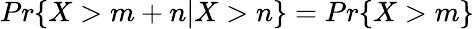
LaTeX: Pr\{ X>m+n|X>n\} =Pr\{ X>m\}